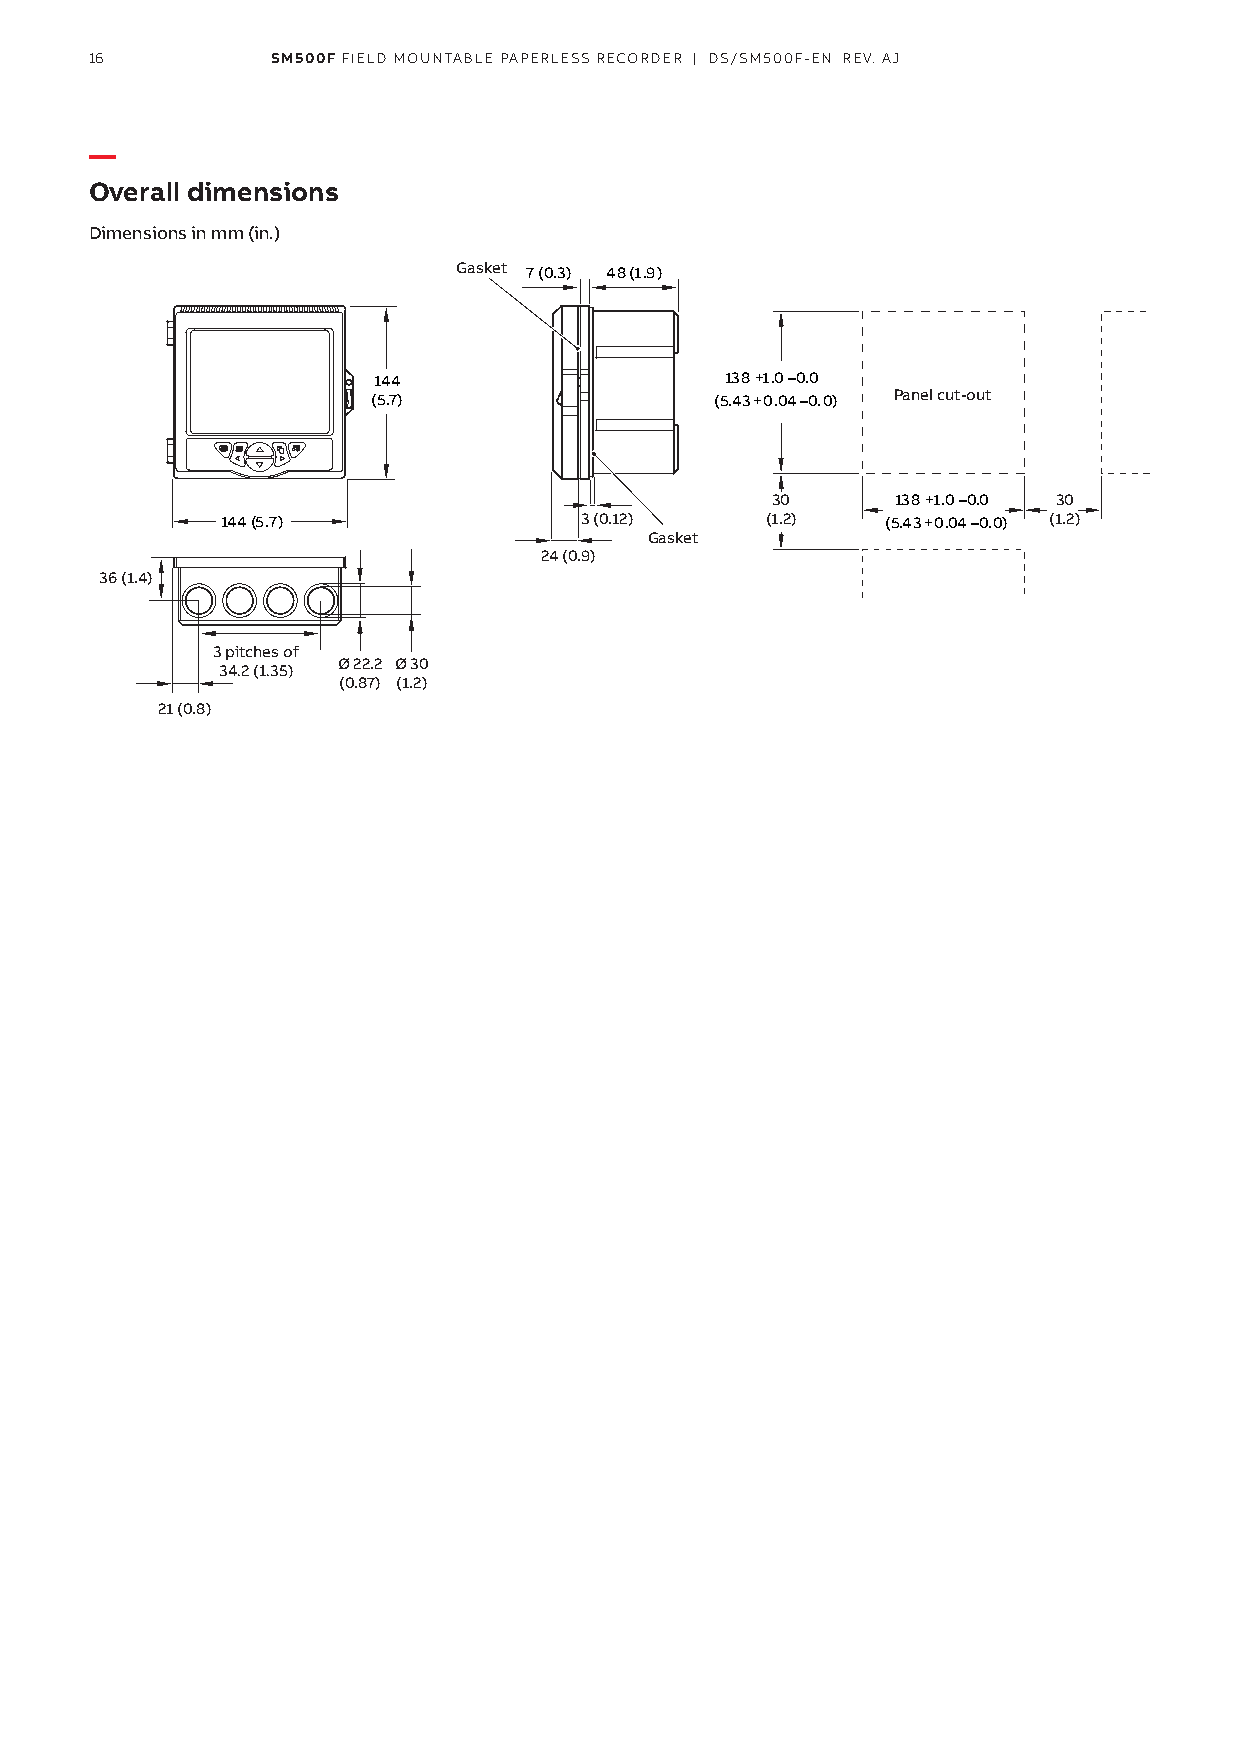
16          SM500F FIELD MOUNTABLE PAPERLESS RECORDER | DS/SM500F-EN REV. AJ
 —
 Overall dimensions
 Dimensions in mm (in.)
 Gasket 7 (0.3) 48 (1.9)
 144                    138 +1.0 –0.0
 (5.7)                 (5.43 +0.04 –0.0) Panel cut-out
 30      138 +1.0 –0.0 30
 144 (5.7)              3 (0.12)     (1.2)   (5.43 +0.04 –0.0) (1.2)
 Gasket
 24 (0.9)
 36 (1.4)
 3 pitches of
 34.2 (1.35) Ø 22.2 Ø 30
 (0.87) (1.2)
 21 (0.8)